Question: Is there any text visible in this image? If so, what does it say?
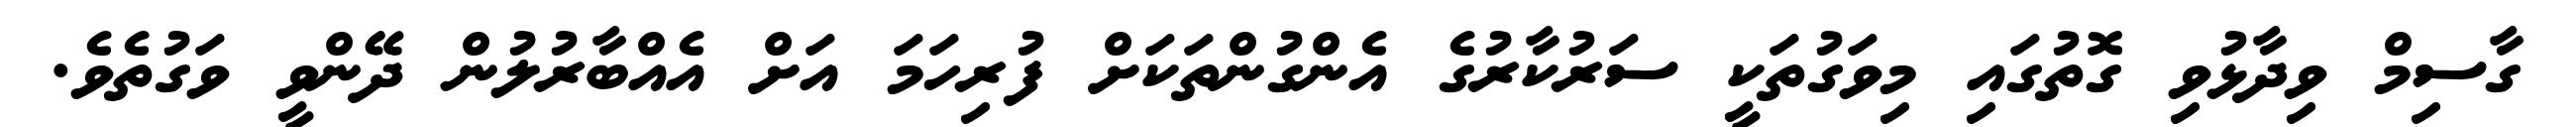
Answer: ގާސިމް ވިދާޅުވި ގޮތުގައި މިވަގުތަކީ ސަރުކާރުގެ އެންގުންތަކަށް ފުރިހަމަ އަށް އެއްބާރުލުން ދޭންވީ ވަގުތެވެ.